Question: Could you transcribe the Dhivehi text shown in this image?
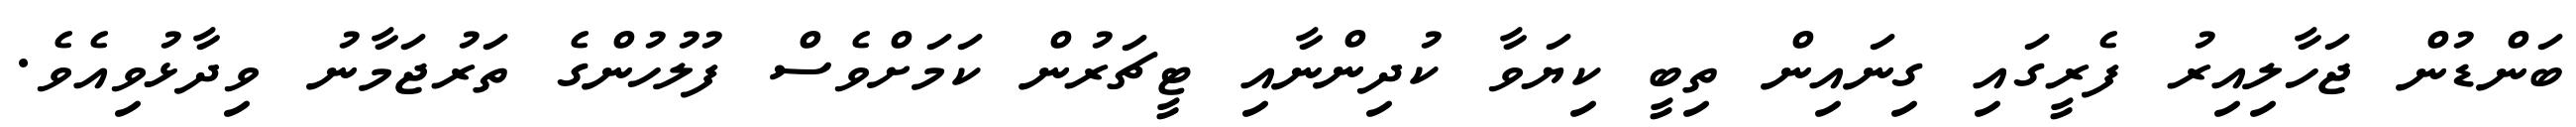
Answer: ބަންޑުން ޖަހާލިއިރު ފެރީގައި ގިނައިން ތިބީ ކިޔަވާ ކުދިންނާއި ޓީޗަރުން ކަމަށްވެސް ފުލުހުންގެ ތަރުޖަމާނު ވިދާޅުވިއެވެ.